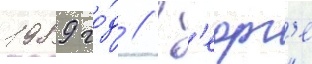
1989 го́д // Г'еорг'е